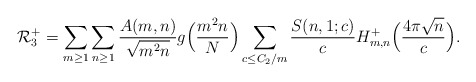
\begin{align*}\mathcal{R}_3^+= \sum_{m \geq 1}\sum_{n \geq 1} \frac{A(m,n)}{\sqrt{m^2 n}}g\Big(\frac{m^2 n}{N}\Big)\sum_{c \leq C_2/m} \frac{S(n,1;c)}{c}H_{m,n}^+ \Big( \frac{4\pi \sqrt{n}}{c} \Big).\end{align*}